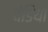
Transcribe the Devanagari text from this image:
दंडिया